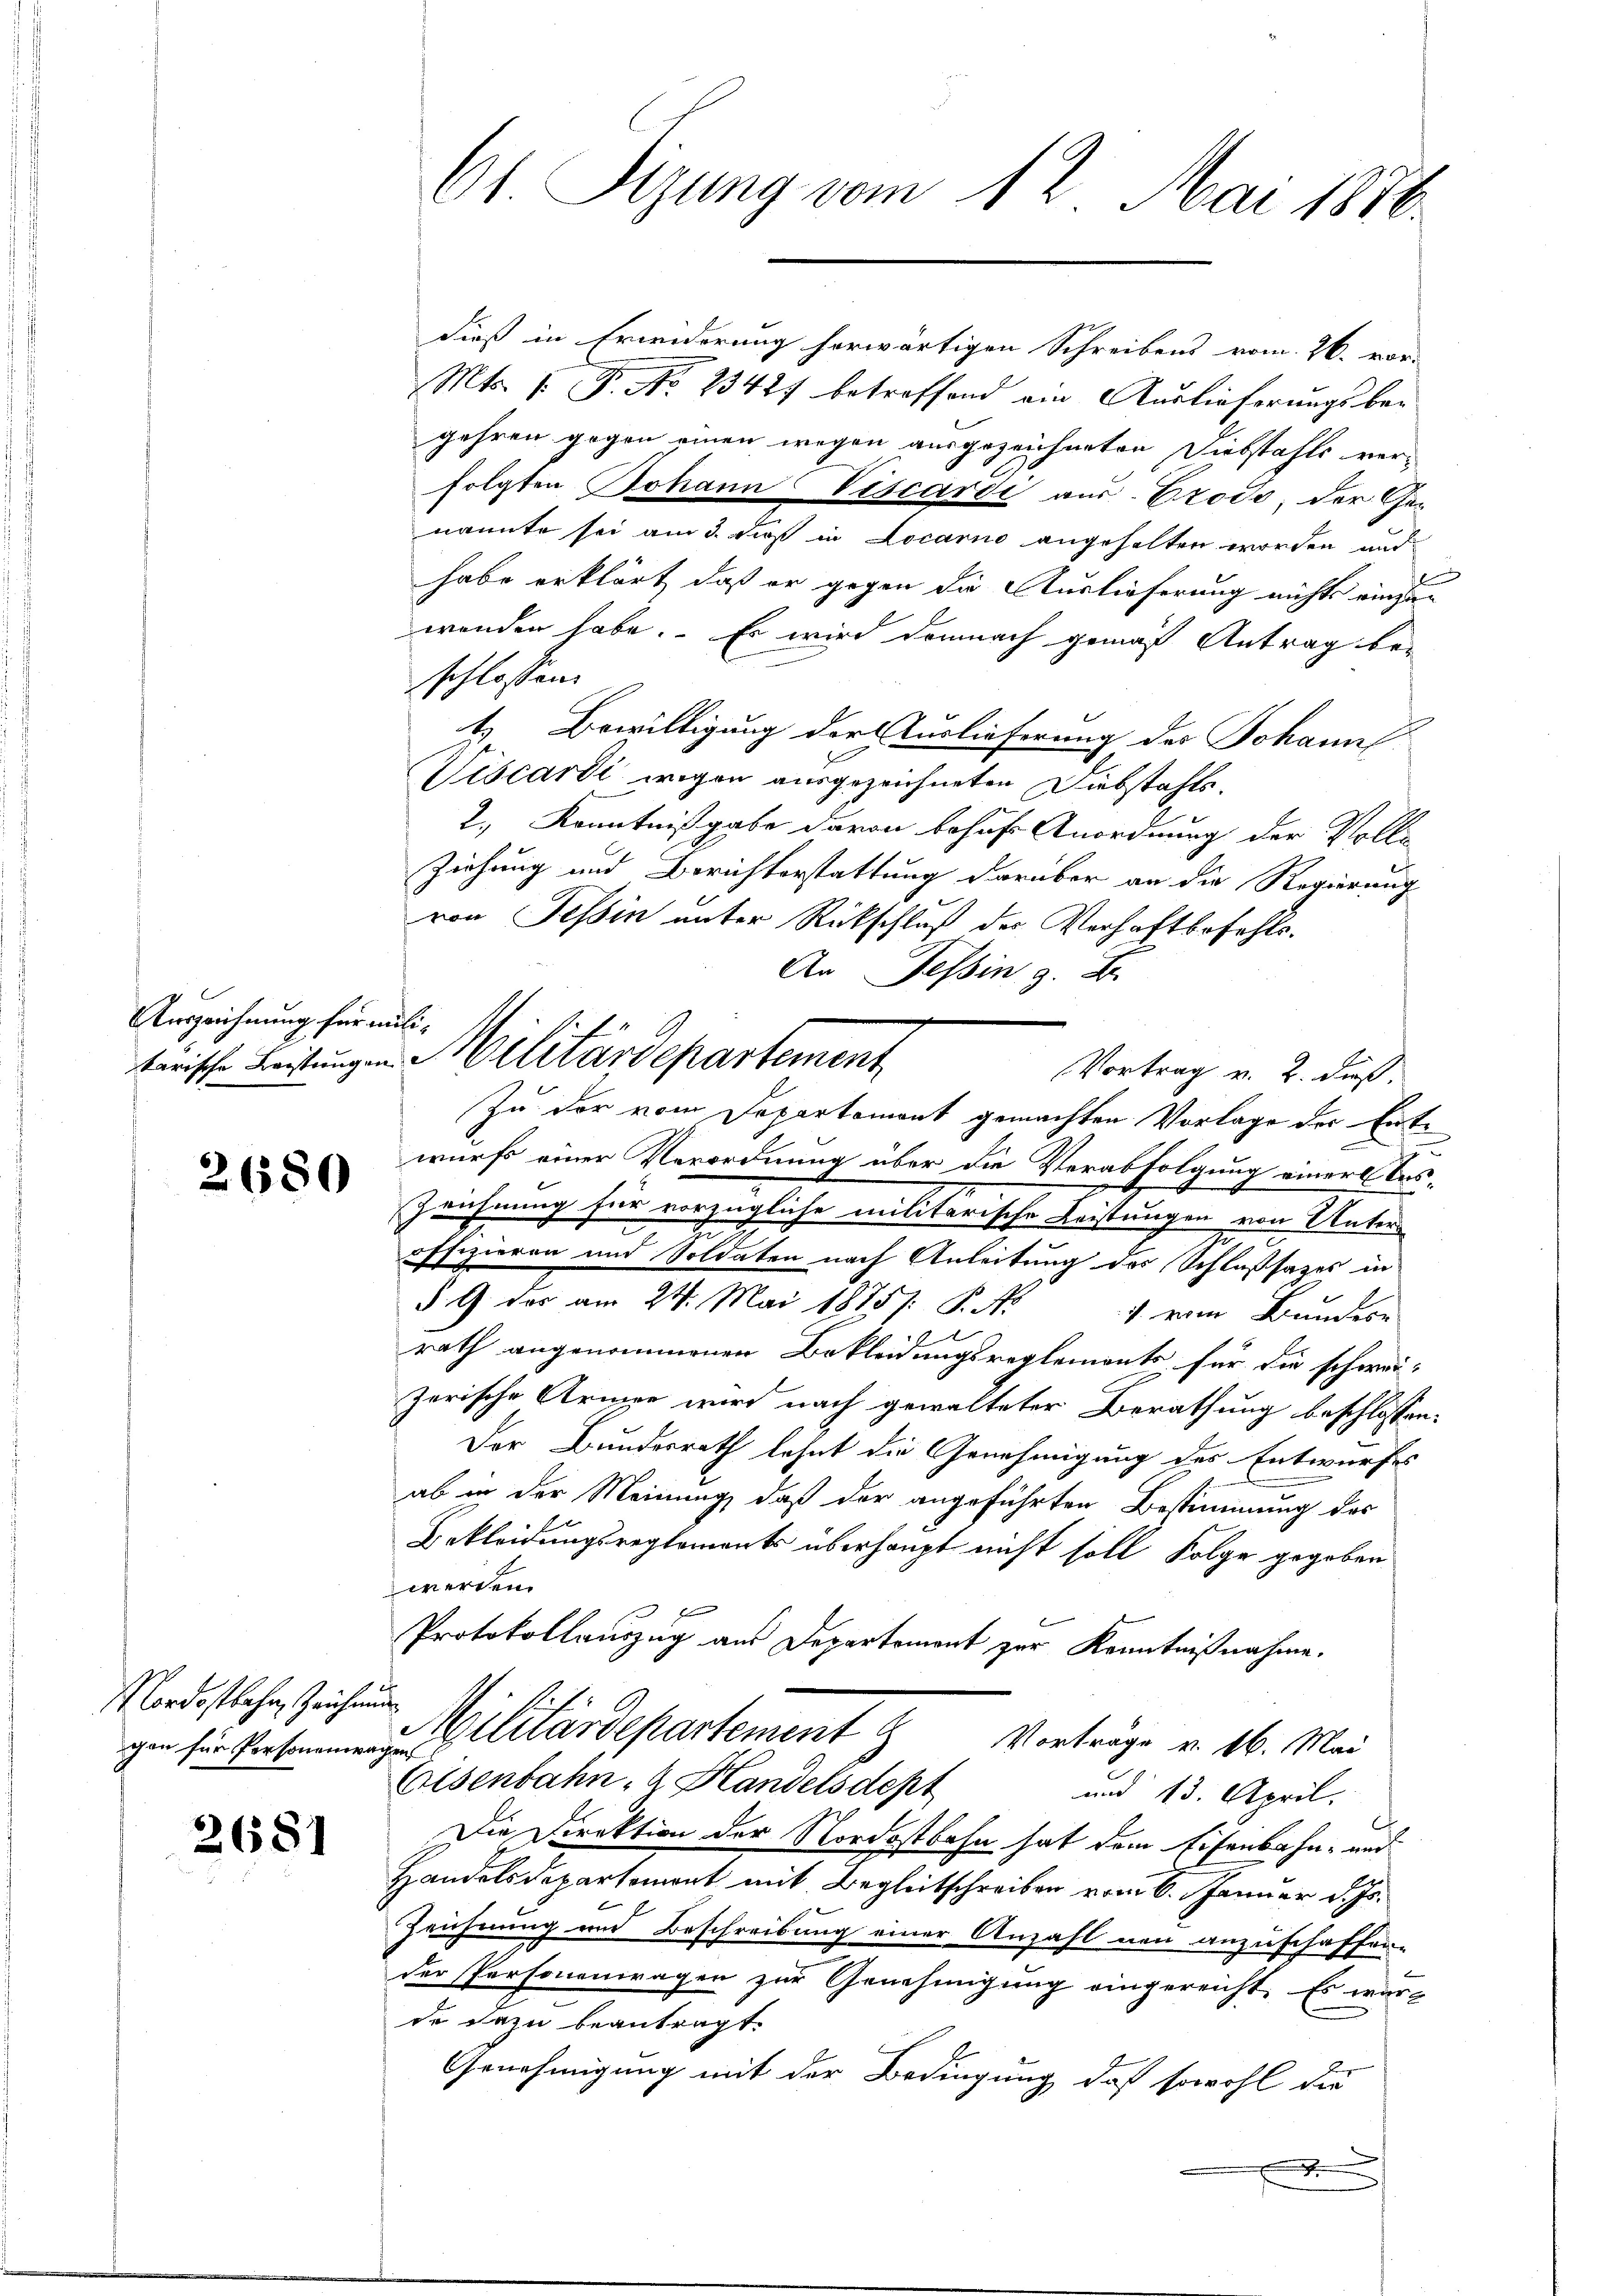
Auszeichnung für mili¬

2680

Nordostbahn, Zeichen

2681

dieß in Erwiderung herwärtigen Schreibens vom 26. vor-
Mts. 1. P. No. 23427 betreffend ein Auslieferungsbegehren gegen einen wegen ausgezeichneten Diebstahls verfolgten Johann Viscardi aus. Crodo der Genannte sei am 3. dieß in Locarno angehalten worden und
habe erklärt, daß er gegen die Auslieferung nichts eingen
wenden habe. Es wird demnach gemäß Antrag beschlossen.
t. Bewilligung der Auslieferung des Johann
Viscardi wegen ausgezeichneten Diebstahls¬
2., Kenntnißgabe davon behufe Anordnung der Volle
Ziehung und Berichterstattung darüber an die Regierung
von Tessin unter Rückschluß der Verhaftbefehls.
Vortrag v. 2. Fuß.
Zu der vom Departement gemachten Vorlage der Entwurfs einer Verordnung über die Verabfolgung einer bes¬
Zeichnung für vorzügliche militarische Leistungen von Unters
offizieren und Soldaten nach Anleitung der Schlußsatzes in
§ 9 das am 24. Mai 1875/: P. Nr.
4. vom Bundere
rath angenommenen Bekleidungsreglements für die schweizerische Armen wird nach gewalteter Berathung beschlossen:
Der Bundesrath lehnt die Genehmigung des Entwurfes
ab in der Meinung, daß der angeführten Bestimmung des
Bekleidungsreglements überhaupt nicht soll Folge gegeben
werden.
f
Protokollauszug aus Departement zur Kenntnißnahme.
t
gen filitärdepartement Vorträge v. 16. Mai
Eisenbahn- & Handelsdept
und 13. April.
Die Direktion der Nordostbahn hat dem Eisenbahn- und
Handelsdepartement mit Begleitschreiben vom 6. Januar d. Js.
Zeichnung und Beschreibung einer Anzahl neu anzuschaffen.
der Personenwagen zur Genehmigung eingereicht. Es wart
de dazu beantragt.
Genehmigung mit der Bedingung daß sowohl die

61 Sizung vom 12. Mai 1876

An Tessin z. B.
kerische Leistung u. Militärdepartement